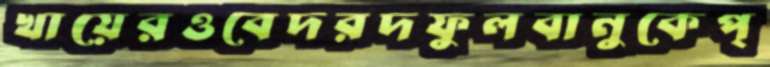
খায়েরওবেদরদফুলবানুকেপ্